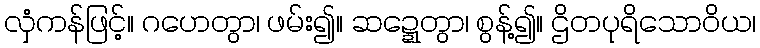
လှံကန်ဖြင့်။ ဂဟေတွာ၊ ဖမ်း၍။ ဆဍ္ဍေတွာ၊ စွန့်၍။ ဌိတပုရိသောဝိယ၊